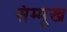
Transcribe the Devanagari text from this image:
संम्मुख